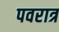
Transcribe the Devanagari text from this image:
पवरात्र